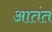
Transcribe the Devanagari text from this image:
आतंत